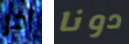
آخر دونا